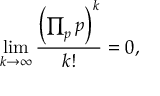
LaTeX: \operatorname* { l i m } _ { k \to \infty } { \frac { \left( \prod _ { p } p \right) ^ { k } } { k ! } } = 0 ,